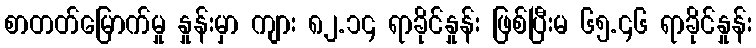
စာတတ်မြောက်မှု နှုန်းမှာ ကျား ၈၂.၁၄ ရာခိုင်နှုန်း ဖြစ်ပြီးမ ၆၅.၄၆ ရာခိုင်နှုန်း